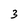
Character: 3